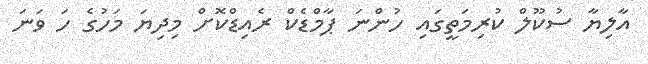
އާލިޔާ ސުކޫލް ކުރިމަތީގައި ހުންނަ ޕާމްޑެކް ރެއިޑްކޮށް މިދިޔަ މަހުގެ ހަ ވަނަ